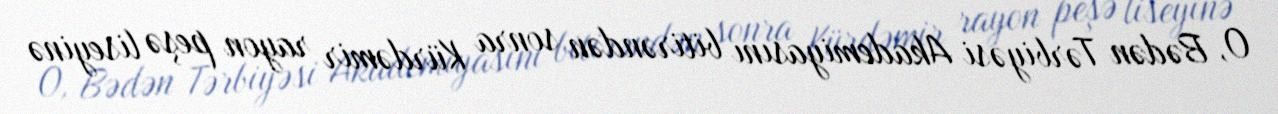
O, Bədən Tərbiyəsi Akademiyasını bitirəndən sonra Kürdəmir rayon peşə liseyinə